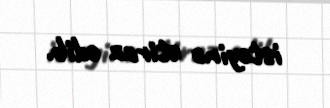
istəyinə etiraz edib.